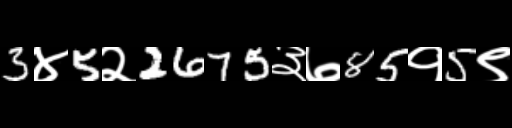
Text: 3४5२2675३७85१5९